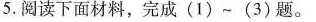
5.阅读下面材料，完成(1)~(3)题。